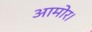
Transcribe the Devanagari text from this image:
आमोर।